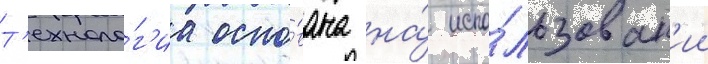
Т'ехноло́г'иа осно́вана на́ испо́льзован'ии